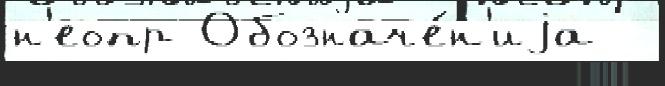
н'еопр Обозначе́н'иjа